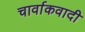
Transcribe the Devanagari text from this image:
चार्वाकवादी